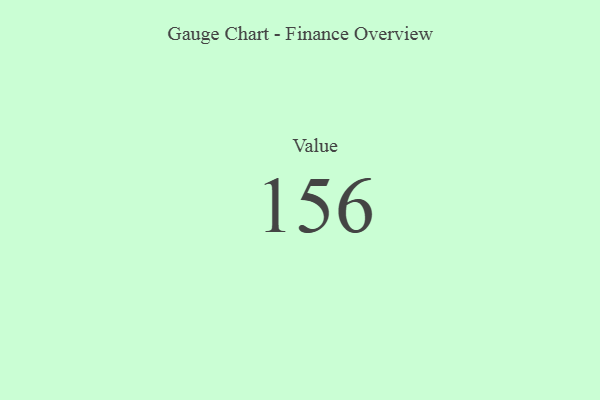
{"axis": {"x": "Metric", "y": "Value"}, "legend": [""], "data": [{"x": "Value", "y": 156, "type": ""}]}